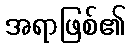
အရာဖြစ်၏